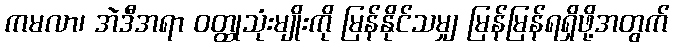
ကမလာ၊ အဲဒီအရာ ဝတ္ထုသုံးမျိုးကို မြန်နိုင်သမျှ မြန်မြန်ရရှိဖို့အတွက်